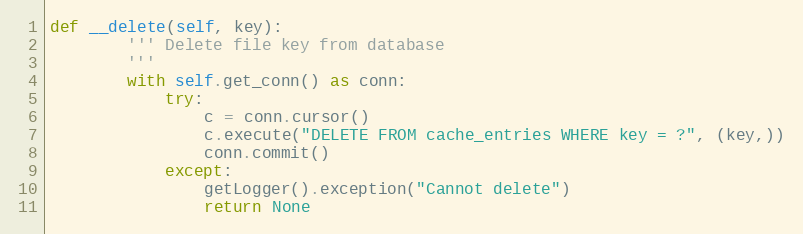
Language: Python
def __delete(self, key):
        ''' Delete file key from database
        '''
        with self.get_conn() as conn:
            try:
                c = conn.cursor()
                c.execute("DELETE FROM cache_entries WHERE key = ?", (key,))
                conn.commit()
            except:
                getLogger().exception("Cannot delete")
                return None